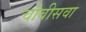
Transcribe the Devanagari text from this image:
चौबीसवा